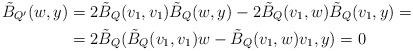
LaTeX: \begin{align*}\tilde B_{Q'}(w,y)&=2\tilde B_Q(v_1,v_1)\tilde B_Q(w,y)-2\tilde B_Q(v_1,w)\tilde B_Q(v_1,y)=\\&=2\tilde B_Q(\tilde B_Q(v_1,v_1)w-\tilde B_Q(v_1,w)v_1,y)=0\end{align*}